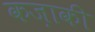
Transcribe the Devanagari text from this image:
कज़ाकी